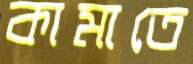
কামাতে